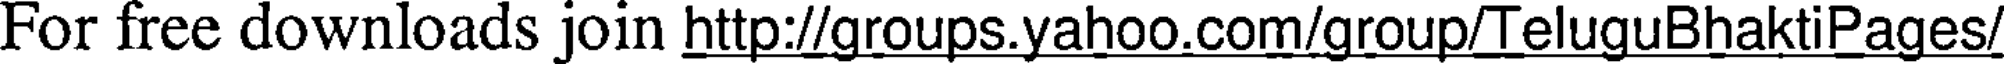
For free downloads join http://groups.yahoo.com/group/TeluguBhaktiPages/